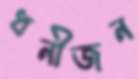
ধনীজন